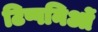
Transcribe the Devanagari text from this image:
टिप्पनिओं